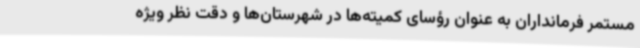
مستمر فرمانداران به عنوان رؤسای کمیته‌ها در شهرستان‌ها و دقت نظر ویژه